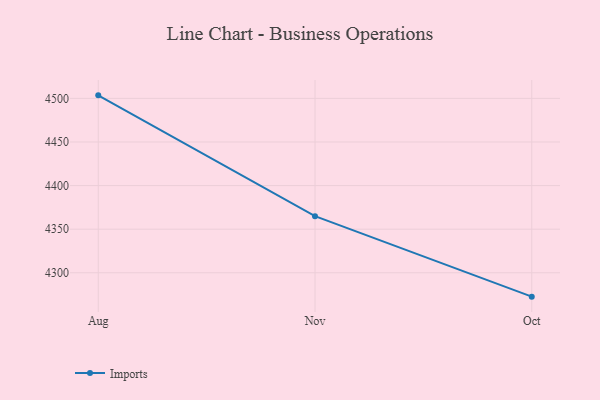
{"axis": {"x": "Month", "y": "Waste Production (Tons)"}, "legend": ["Imports"], "data": [{"x": "Aug", "y": 4503.5, "type": "Imports"}, {"x": "Nov", "y": 4364.9, "type": "Imports"}, {"x": "Oct", "y": 4272.6, "type": "Imports"}]}